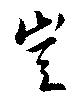
豈